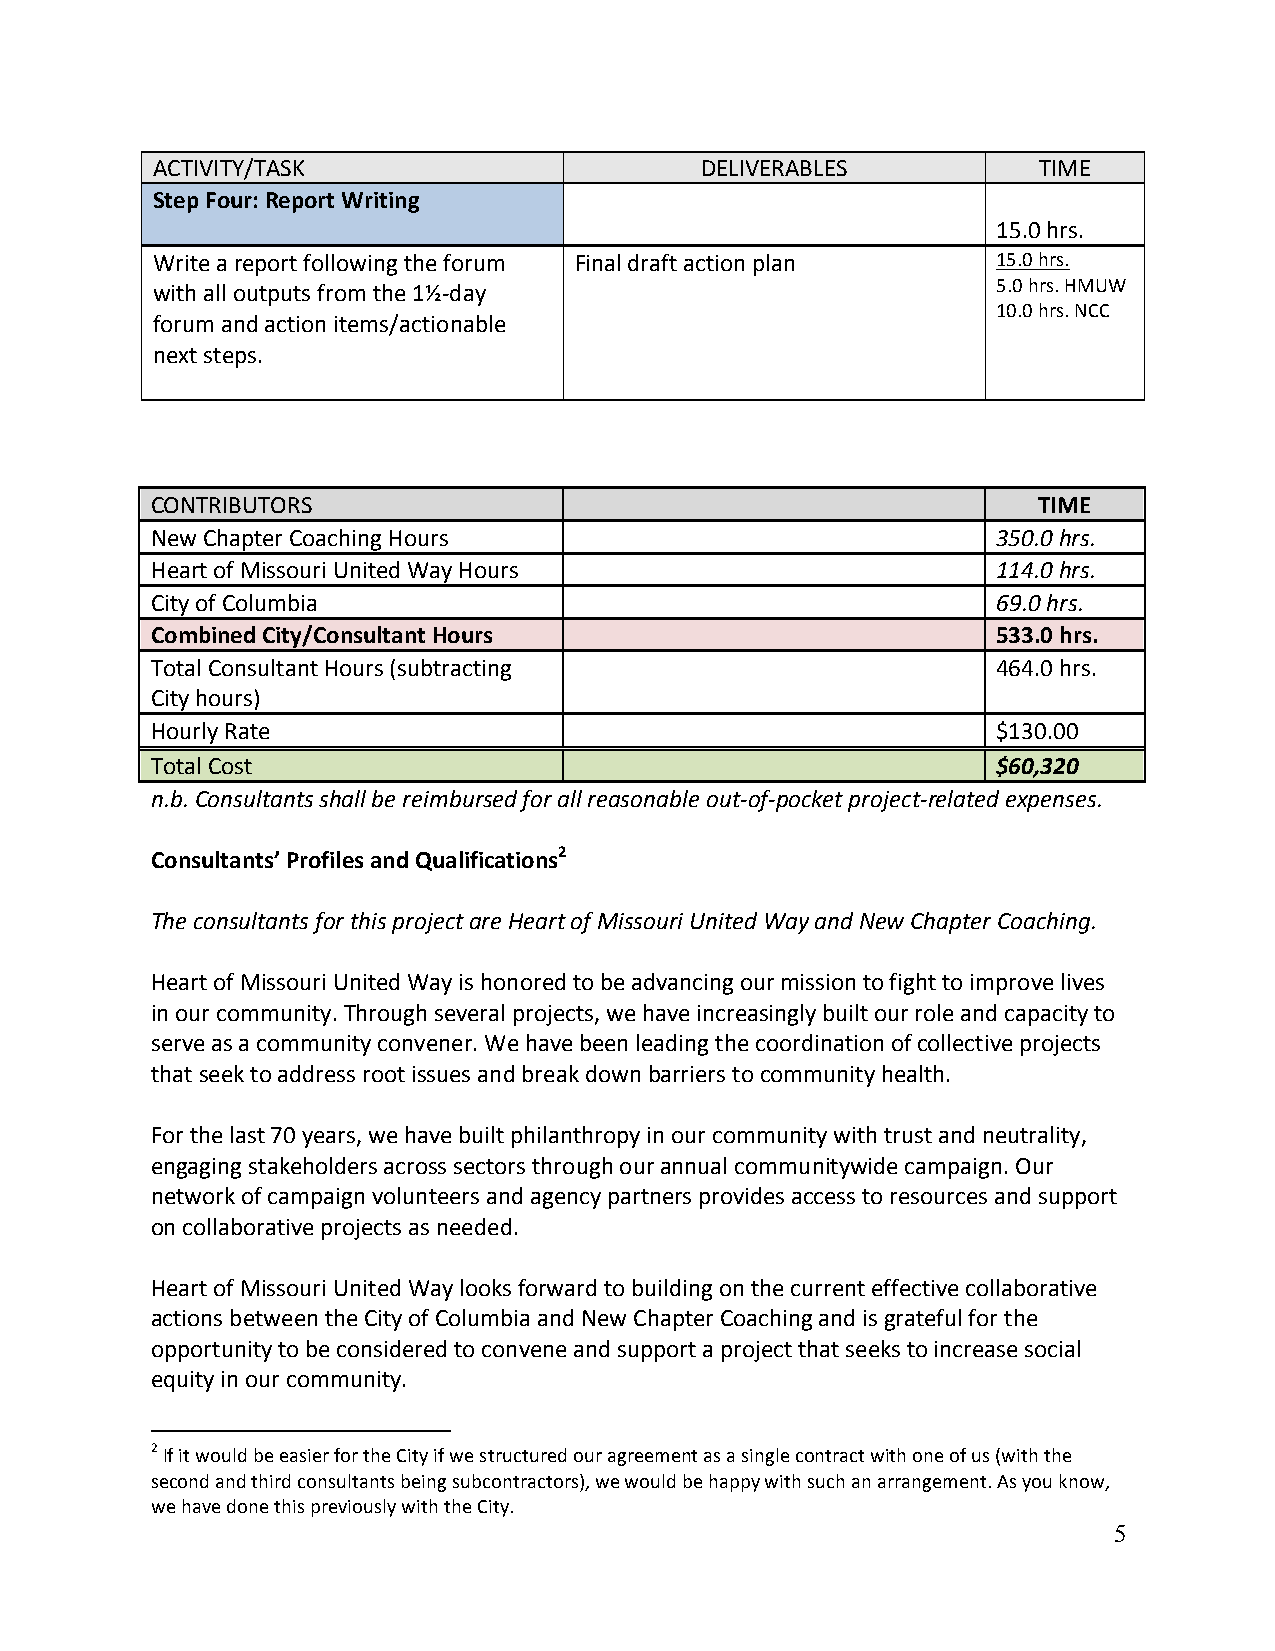
ACTIVITY/TASK                       DELIVERABLES           TIME
 Step Four: Report Writing
 15.0 hrs.
 Write a report following the forum Final draft action plan 15.0 hrs.
 with all outputs from the 1½-day                        5.0 hrs. HMUW
 10.0 hrs. NCC
 forum and action items/actionable
 next steps.
 CONTRIBUTORS                                               TIME
 New Chapter Coaching Hours                              350.0 hrs.
 Heart of Missouri United Way Hours                      114.0 hrs.
 City of Columbia                                        69.0 hrs.
 Combined City/Consultant Hours                          533.0 hrs.
 Total Consultant Hours (subtracting                     464.0 hrs.
 City hours)
 Hourly Rate                                             $130.00
 Total Cost                                              $60,320
 n.b. Consultants shall be reimbursed for all reasonable out-of-pocket project-related expenses.
 Consultants’ Profiles and Qualifications2
 The consultants for this project are Heart of Missouri United Way and New Chapter Coaching.
 Heart of Missouri United Way is honored to be advancing our mission to fight to improve lives
 in our community. Through several projects, we have increasingly built our role and capacity to
 serve as a community convener. We have been leading the coordination of collective projects
 that seek to address root issues and break down barriers to community health.
 For the last 70 years, we have built philanthropy in our community with trust and neutrality,
 engaging stakeholders across sectors through our annual communitywide campaign. Our
 network of campaign volunteers and agency partners provides access to resources and support
 on collaborative projects as needed.
 Heart of Missouri United Way looks forward to building on the current effective collaborative
 actions between the City of Columbia and New Chapter Coaching and is grateful for the
 opportunity to be considered to convene and support a project that seeks to increase social
 equity in our community.
 2 If it would be easier for the City if we structured our agreement as a single contract with one of us (with the
 second and third consultants being subcontractors), we would be happy with such an arrangement. As you know,
 we have done this previously with the City.
 5